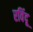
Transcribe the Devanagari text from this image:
रविंदू